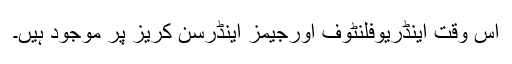
اس وقت اینڈریوفلنٹوف اورجیمز اینڈرسن کریز پر موجود ہیں۔